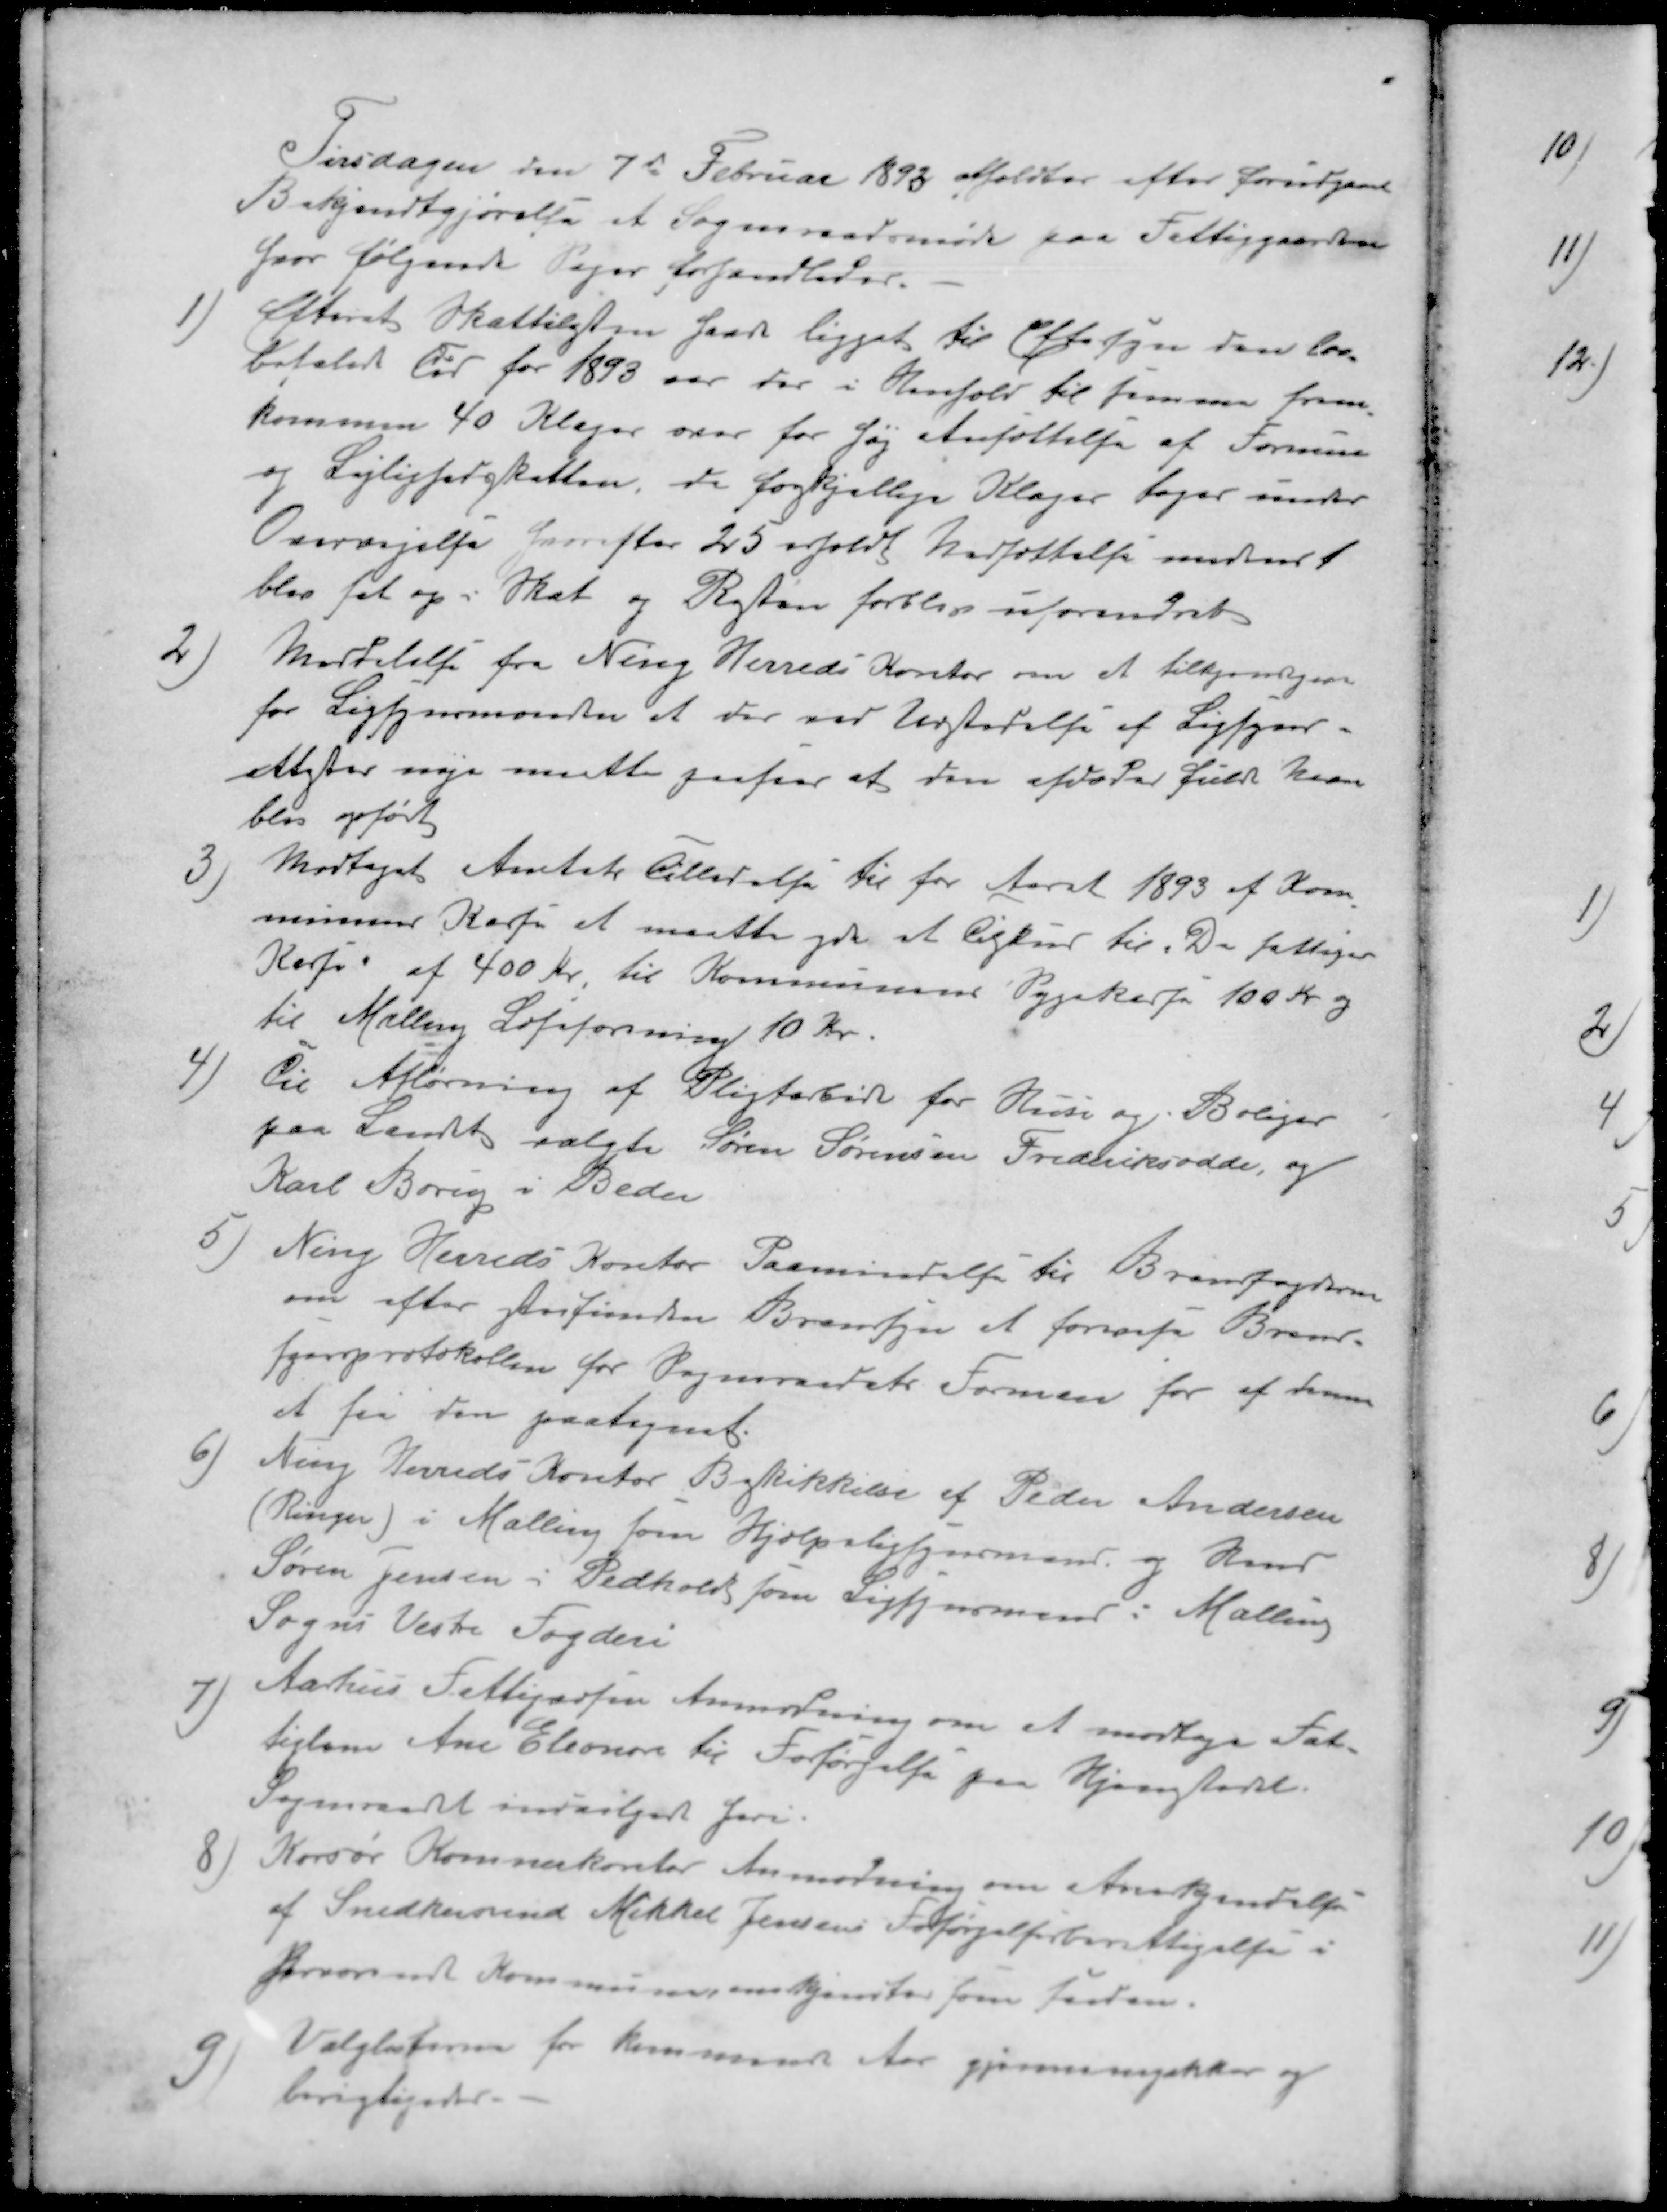
Transskription:
Tirsdagen den 7de Februar 1893 holdtes efter forudgaard
Bekjendtgjørelse et Sogneraadsmøde paa Fattiggaarden
hvor følgende Sager forhandledes.
1) Efterat Skattelisten haar ligget til Eftersyn den lov
befalede tid for 1893 var der i Henhold til samme frem-
kommen 40 Klager over for høj Ansættelse af Formue
og Lejlighedsskatten, de forskjellige Klager tages under
Overvejelse hvorefter 25 erholdt Nedsættelse medens 1
blev sat op i Skat og Resten forblev uforandret
2 ) Meddelelse fra Ning Herreds Kontor om at tilkjendegive
for Ligsynsmanden at der ved Udstedelse af Ligsyns-
attester nøje måtte paases at den afdødes fulde Navn
blev opført
3 ) Modtaget Amtets Tilladelse til for Aaret 1893 af Kom-
munens Kasse at maatte yde et Tilskud til De fattiges
Kasse af 400 Kr. til Kommunens Sygekasse 100 Kr og
til Malling Læseforening 10 Kr.
4) Til Afløsning af Pligtarbejde for Huse og Boliger
paa Landet valgte Søren Sørensen Frederiksodde, og
Karl Borig i Beder
5) Ning Herreds Kontor Paamindelse til Brandfogderne
om efter stedfunden Brandsyn at forevise Brand-
synsprotokollen for Sogneraadets Formand for af ham
at faa den paategnet.
6 ) Ning Herreds Kontor Beskikkelse af Peder Andersen
(Ringer) i Malling som Hjælpeligsynsmand og Hmd
Søren Jensen i Pedhold som Ligsynsmand i Malling
Sogns Vestre Fogderi
7 ) Aarhus Fattigvæsen Anmodning om at modtage Fat-
tiglem Ane Eleonore til Forsørgelse paa Hjemstedet
Sogneraadet indvilger heri.
8 ) Korsør Kommunekontor Anmodning om Anerskjendelse
af Snedkersvend Mikkel Jensens Forsørgelsesberettigelse i
herværende Kommune,  anerkjentes som 
9 ) Valglisterne for kommende Aar gjennemgikkes og 
berigtigedes.